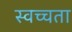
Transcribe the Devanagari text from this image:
स्वच्चता